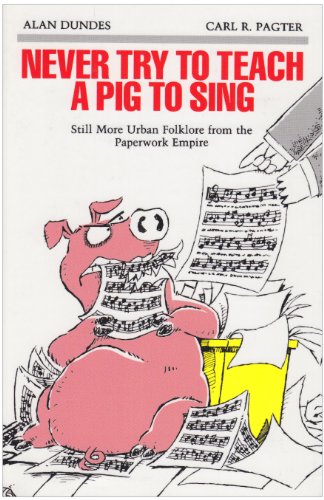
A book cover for Never Try to Teach a Pig to Sing: Still More Urban Folklore from the Paperwork Empire (Humor in Life and Letters Series); Alan Dundes; Humor & Entertainment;